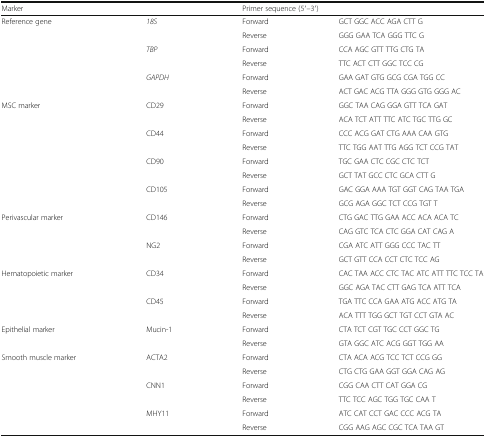
| <COLSPAN=2> Marker | <COLSPAN=2> Primer sequence (5′–3′) |
 | --- | --- | --- | --- |
 | <ROWSPAN=6> Reference gene | <ROWSPAN=2> 18S | Forward | GCT GGC ACC AGA CTT G |
 | Reverse | GGG GAA TCA GGG TTC G |
 | <ROWSPAN=2> TBP | Forward | CCA AGC GTT TTG CTG TA |
 | Reverse | TTC ACT CTT GGC TCC CG |
 | <ROWSPAN=2> GAPDH | Forward | GAA GAT GTG GCG CGA TGG CC |
 | Reverse | ACT GAC ACG TTA GGG GTG GGG AC |
 | <ROWSPAN=8> MSC marker | <ROWSPAN=2> CD29 | Forward | GGC TAA CAG GGA GTT TCA GAT |
 | Reverse | ACA TCT ATT TTC ATC TGC TTG GC |
 | <ROWSPAN=2> CD44 | Forward | CCC ACG GAT CTG AAA CAA GTG |
 | Reverse | TTC TGG AAT TTG AGG TCT CCG TAT |
 | <ROWSPAN=2> CD90 | Forward | TGC GAA CTC CGC CTC TCT |
 | Reverse | GCT TAT GCC CTC GCA CTT G |
 | <ROWSPAN=2> CD105 | Forward | GAC GGA AAA TGT GGT CAG TAA TGA |
 | Reverse | GCG AGA GGC TCT CCG TGT T |
 | <ROWSPAN=4> Perivascular marker | <ROWSPAN=2> CD146 | Forward | CTG GAC TTG GAA ACC ACA ACA TC |
 | Reverse | CAG GTC TCA CTC GGA CAT CAG A |
 | <ROWSPAN=2> NG2 | Forward | CGA ATC ATT GGG CCC TAC TT |
 | Reverse | GCT GTT CCA CCT CTC TCC AG |
 | <ROWSPAN=4> Hematopoietic marker | <ROWSPAN=2> CD34 | Forward | CAC TAA ACC CTC TAC ATC ATT TTC TCC TA |
 | Reverse | GGC AGA TAC CTT GAG TCA ATT TCA |
 | <ROWSPAN=2> CD45 | Forward | TGA TTC CCA GAA ATG ACC ATG TA |
 | Reverse | ACA TTT TGG GCT TGT CCT GTA AC |
 | <ROWSPAN=2> Epithelial marker | <ROWSPAN=2> Mucin-1 | Forward | CTA TCT CGT TGC CCT GGC TG |
 | Reverse | GTA GGC ATC ACG GGT TGG AA |
 | <ROWSPAN=6> Smooth muscle marker | <ROWSPAN=2> ACTA2 | Forward | CTA ACA ACG TCC TCT CCG GG |
 | Reverse | CTG CTG GAA GGT GGA CAG AG |
 | <ROWSPAN=2> CNN1 | Forward | CGG CAA CTT CAT GGA CG |
 | Reverse | TTC TCC AGC TGG TGC CAA T |
 | <ROWSPAN=2> MHY11 | Forward | ATC CAT CCT GAC CCC ACG TA |
 | Reverse | CGG AAG AGC CGC TCA TAA GT |